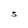
Character: S